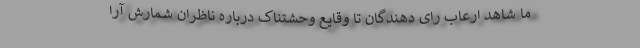
ما شاهد ارعاب رای دهندگان تا وقایع وحشتناک درباره ناظران شمارش آرا